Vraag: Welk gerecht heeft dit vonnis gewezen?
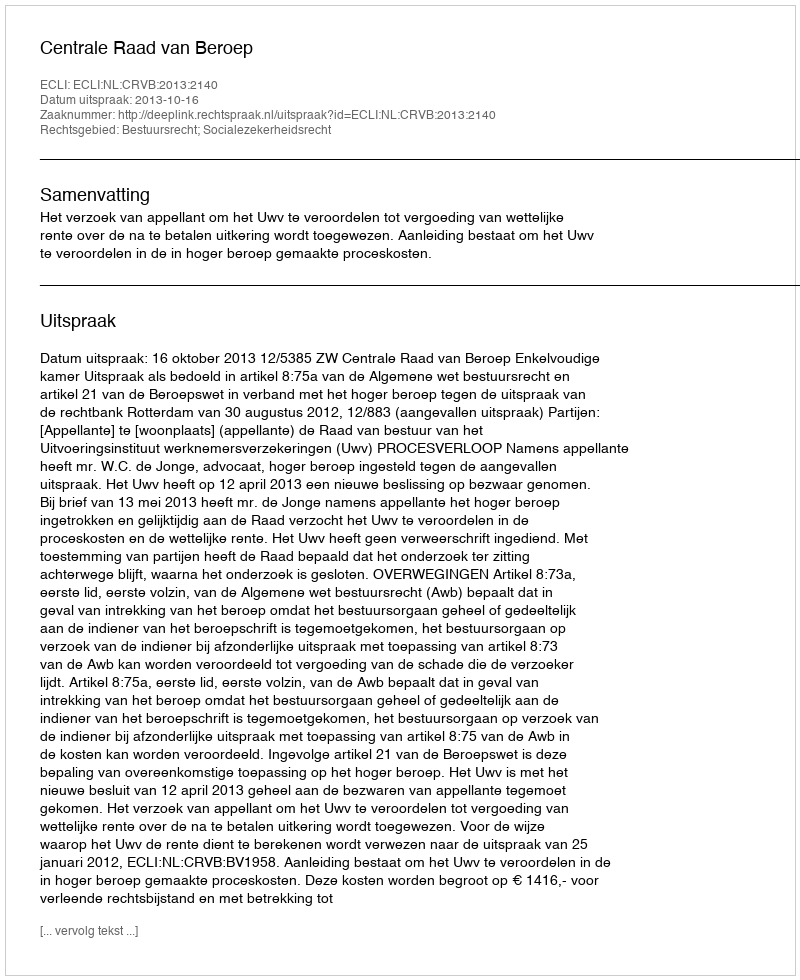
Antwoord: Centrale Raad van Beroep